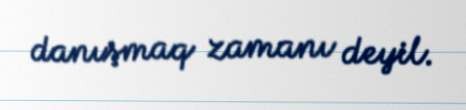
danışmaq zamanı deyil.